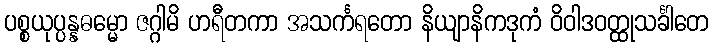
ပစ္စယုပ္ပန္နဓမ္မော ဇဂ္ဂါမိ ဟရီတကာ အသင်္ကရတော နိယျာနိကဒုကံ ဝိဝါဒဝတ္ထုသင်္ခါတေ